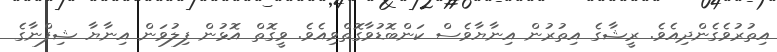
އިތުރުވެގެންދިއެވެ. ރީޝާގެ އިތުރުން އިނާޔާވެސް ކަންބޮޑުވާގޮތްވިިއެވެ. ވީގޮތް އޮޅުން ފިލުވަން އިނާޔާ ޝިފްނާގެ